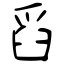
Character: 舀